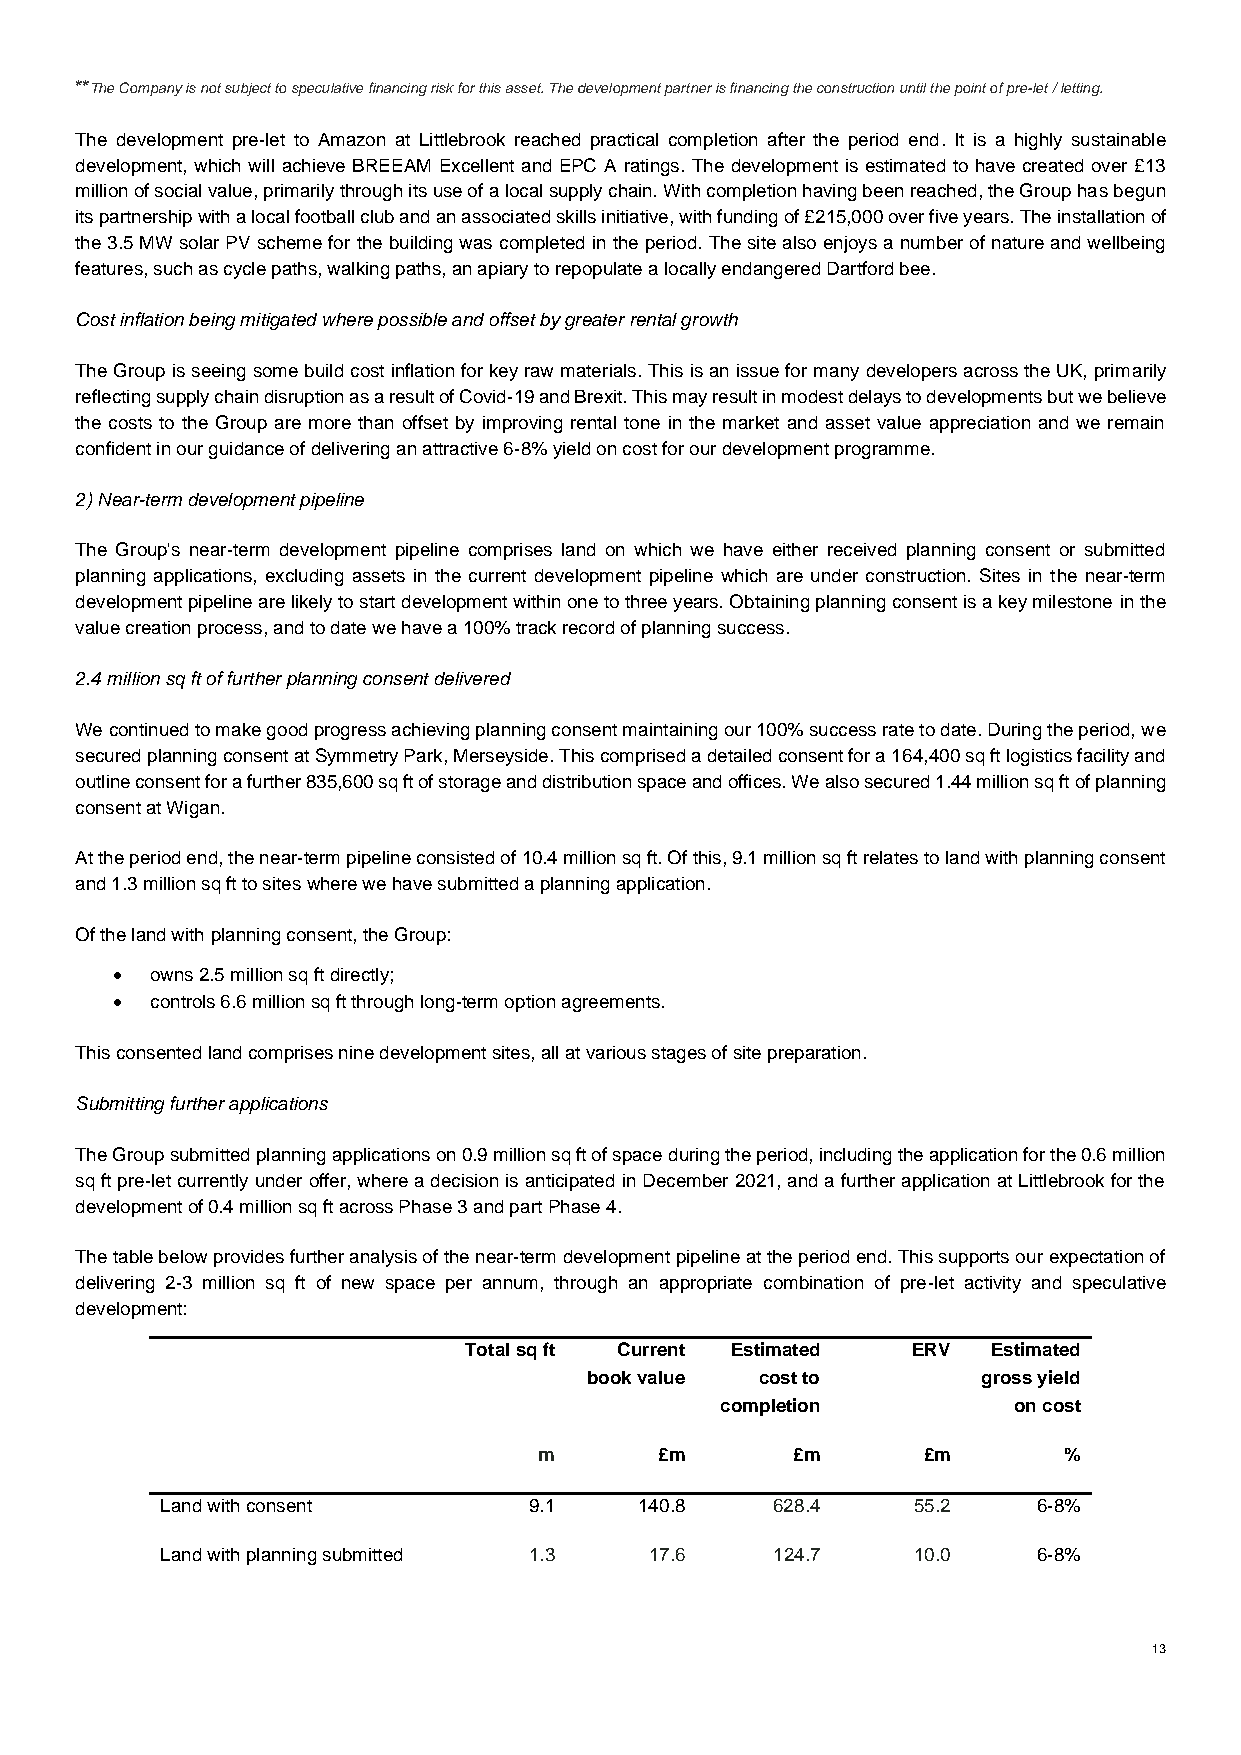
**The Company is not subject to speculative financing risk for this asset. The development partner is financing the construction until the point of pre-let / letting.
 The development pre-let to Amazon at Littlebrook reached practical completion after the period end. It is a highly sustainable
 development, which will achieve BREEAM Excellent and EPC A ratings. The development is estimated to have created over £13
 million of social value, primarily through its use of a local supply chain. With completion having been reached, the Group has begun
 its partnership with a local football club and an associated skills initiative, with funding of £215,000 over five years. The installation of
 the 3.5 MW solar PV scheme for the building was completed in the period. The site also enjoys a number of nature and wellbeing
 features, such as cycle paths, walking paths, an apiary to repopulate a locally endangered Dartford bee.
 Cost inflation being mitigated where possible and offset by greater rental growth
 The Group is seeing some build cost inflation for key raw materials. This is an issue for many developers across the UK, primarily
 reflecting supply chain disruption as a result of Covid-19 and Brexit. This may result in modest delays to developments but we believe
 the costs to the Group are more than offset by improving rental tone in the market and asset value appreciation and we remain
 confident in our guidance of delivering an attractive 6-8% yield on cost for our development programme.
 2) Near-term development pipeline
 The Group's near-term development pipeline comprises land on which we have either received planning consent or submitted
 planning applications, excluding assets in the current development pipeline which are under construction. Sites in the near-term
 development pipeline are likely to start development within one to three years. Obtaining planning consent is a key milestone in the
 value creation process, and to date we have a 100% track record of planning success.
 2.4 million sq ft of further planning consent delivered
 We continued to make good progress achieving planning consent maintaining our 100% success rate to date. During the period, we
 secured planning consent at Symmetry Park, Merseyside. This comprised a detailed consent for a 164,400 sq ft logistics facility and
 outline consent for a further 835,600 sq ft of storage and distribution space and offices. We also secured 1.44 million sq ft of planning
 consent at Wigan.
 At the period end, the near-term pipeline consisted of 10.4 million sq ft. Of this, 9.1 million sq ft relates to land with planning consent
 and 1.3 million sq ft to sites where we have submitted a planning application.
 Of the land with planning consent, the Group:
 •  owns 2.5 million sq ft directly;
 •  controls 6.6 million sq ft through long-term option agreements.
 This consented land comprises nine development sites, all at various stages of site preparation.
 Submitting further applications
 The Group submitted planning applications on 0.9 million sq ft of space during the period, including the application for the 0.6 million
 sq ft pre-let currently under offer, where a decision is anticipated in December 2021, and a further application at Littlebrook for the
 development of 0.4 million sq ft across Phase 3 and part Phase 4.
 The table below provides further analysis of the near-term development pipeline at the period end. This supports our expectation of
 delivering 2-3 million sq ft of new space per annum, through an appropriate combination of pre-let activity and speculative
 development:
 Total sq ft Current Estimated ERV  Estimated
 book value cost to        gross yield
 completion         on cost
 m       £m      £m       £m       %
 Land with consent       9.1    140.8    628.4    55.2     6-8%
 Land with planning submitted 1.3 17.6   124.7    10.0     6-8%
 13